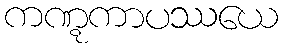
ကဏ္ဋကာပဿယေ